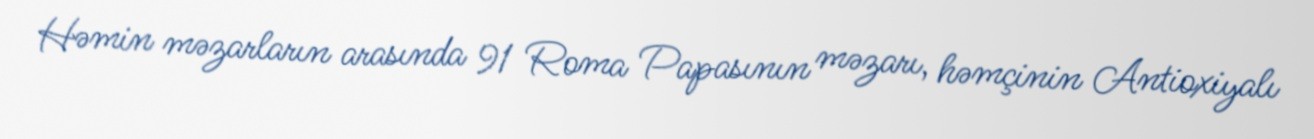
Həmin məzarların arasında 91 Roma Papasının məzarı, həmçinin Antioxiyalı